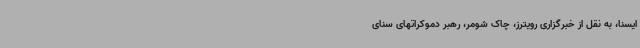
ایسنا، به نقل از خبرگزاری رویترز، چاک شومر، رهبر دموکراتهای سنای